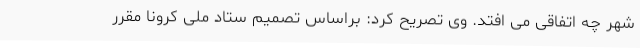
شهر چه اتفاقی می افتد. وی تصریح کرد: براساس تصمیم ستاد ملی کرونا مقرر